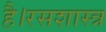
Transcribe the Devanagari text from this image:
है।रसशास्त्र